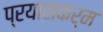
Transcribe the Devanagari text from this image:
प्रयासकर्म